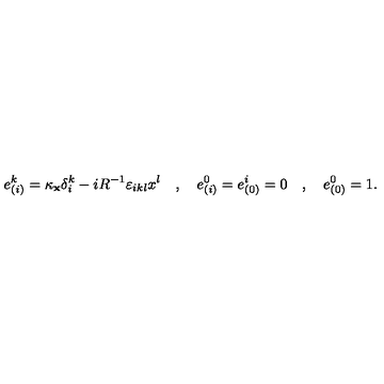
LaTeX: e _ { ( i ) } ^ { k } = \kappa _ { { \bf x } } \delta _ { i } ^ { k } - i R ^ { - 1 } \varepsilon _ { i k l } x ^ { l } \quad , \quad e _ { ( i ) } ^ { 0 } = e _ { ( 0 ) } ^ { i } = 0 \quad , \quad e _ { ( 0 ) } ^ { 0 } = 1 .